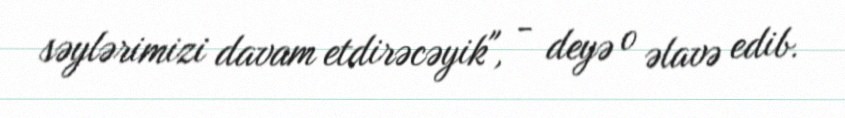
səylərimizi davam etdirəcəyik", - deyə o əlavə edib.